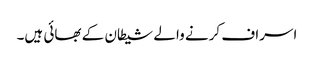
اسراف کرنے والے شیطان کے بھائی ہیں۔